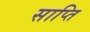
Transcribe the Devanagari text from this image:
साप्ति